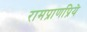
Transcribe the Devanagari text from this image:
रामप्राणप्रिये